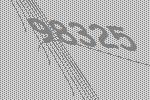
98325